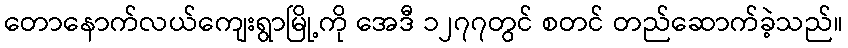
တောနောက်လယ်ကျေးရွာမြို့ကို အေဒီ ၁၂၇၇တွင် စတင် တည်ဆောက်ခဲ့သည်။